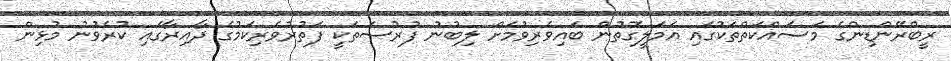
ރީބްރޭންޑިންގެ މަސައްކަތްތަކުގައި އަމަލީގޮތުން ބައިވެރިވުމަށް ލިބުނު ފުރުސަތަކީ ފަތުރުވެރިކަމުގެ ދާއިރާގައި ކުރެވުނު މުޅިން